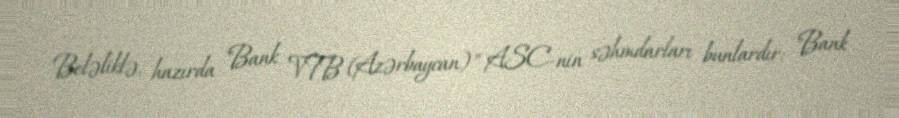
Beləliklə, hazırda "Bank VTB (Azərbaycan)" ASC-nin səhmdarları bunlardır: "Bank